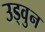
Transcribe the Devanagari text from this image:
उड्वुन